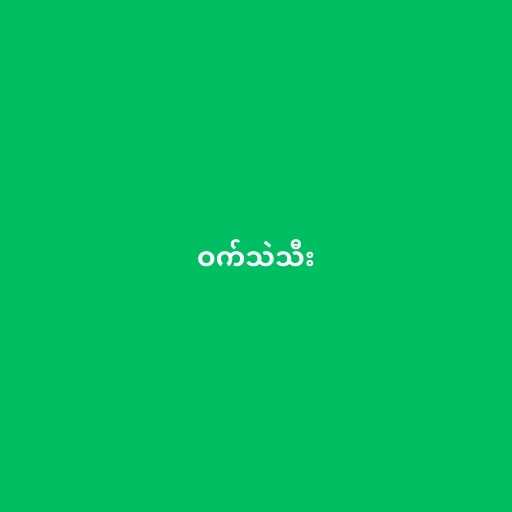
ဝက်သဲသီး